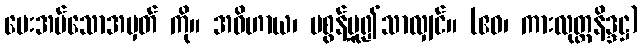
ပေးအပ်သောအမှတ် ကို။ အဝိဟာယ၊ မစွန့်မူ၍သာလျှင်။ (ဧဝ၊ ကားလုတ္တနိဒ္ဒဋ္ဌ)